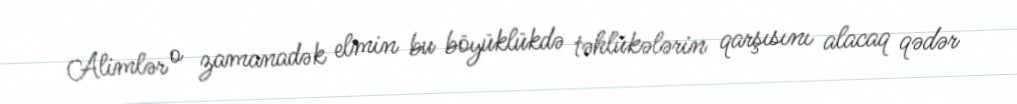
Alimlər o zamanadək elmin bu böyüklükdə təhlükələrin qarşısını alacaq qədər